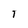
Character: I